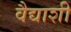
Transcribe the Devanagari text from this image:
वैद्याशी